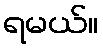
ရမယ်။